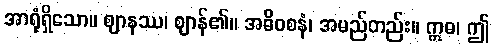
အာရုံရှိသော။ ဈာနဿ၊ ဈာန်၏။ အဓိဝစနံ၊ အမည်တည်း။ ဣဓ၊ ဤ